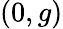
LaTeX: (0,g)